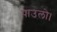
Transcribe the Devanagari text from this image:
पाउलो।